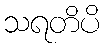
သရတိပိ